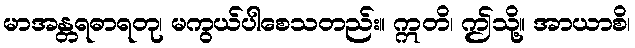
မာအန္တရဓာရတု၊ မကွယ်ပါစေသတည်း။ ဣတိ၊ ဤသို့။ အာယာစိ၊